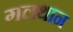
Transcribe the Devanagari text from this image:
गलथान